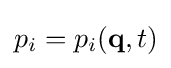
p_{i}=p_{i}(\mathbf {q} ,t)